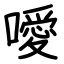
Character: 噯